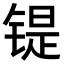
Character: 𫔂